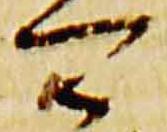
可